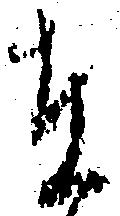
在